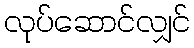
လုပ်ဆောင်လျှင်